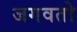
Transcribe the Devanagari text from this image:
जगवतो